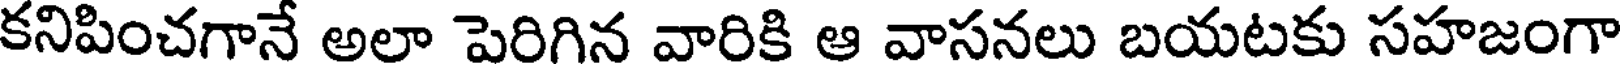
కనిపించగానే అలా పెరిగిన వారికి ఆ వాసనలు బయటకు సహజంగా